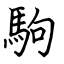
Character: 駒